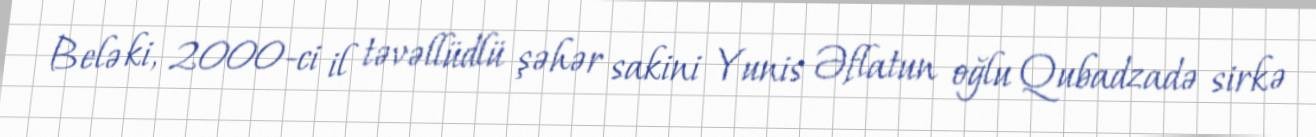
Belə ki, 2000-ci il təvəllüdlü şəhər sakini Yunis Əflatun oğlu Qubadzadə sirkə